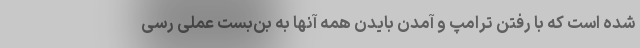
شده است که با رفتن ترامپ و آمدن بایدن همه آنها به بن‌بست عملی رسی